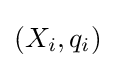
\left(X_{i},q_{i}\right)